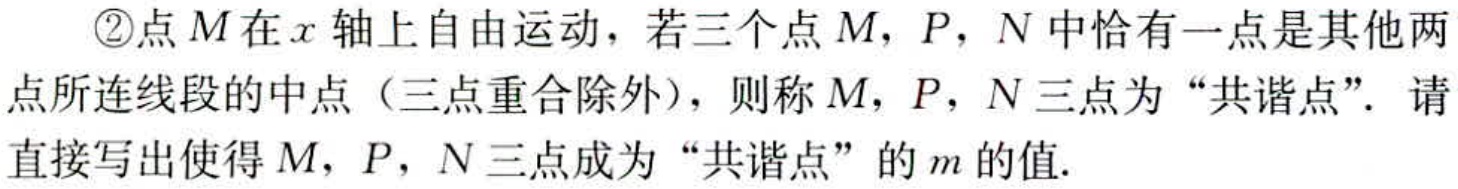
\textcircled{2}点\(M\)在\(x\)轴上自由运动，若三个点\(M\)，\(P\)，\(N\)中恰有一点是其他两点所连线段的中点（三点重合除外），则称\(M\)，\(P\)，\(N\)三点为“共谐点”。请直接写出使得\(M\)，\(P\)，\(N\)三点成为“共谐点”的\(m\)的值.